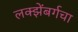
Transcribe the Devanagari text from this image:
लक्झेंबर्गचा